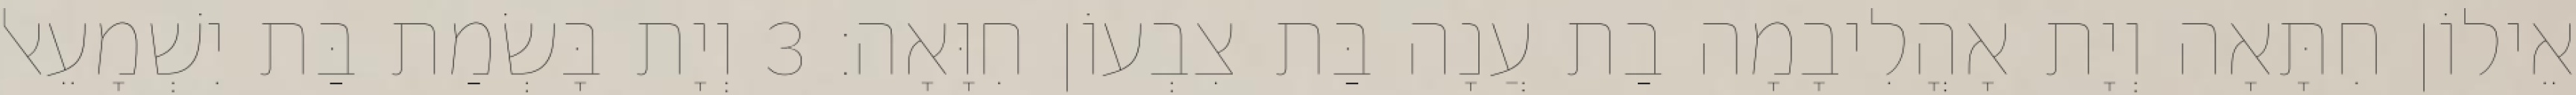
אֵילוֹן חִתָּאָה וְיָת אָהֳלִיבָמָה בַת עֲנָה בַּת צִבְעוֹן חִוָּאָה׃ 3 וְיָת בָּשְׂמַת בַּת יִשְׁמָעֵאל